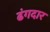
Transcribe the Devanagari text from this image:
ढंगदार